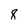
Character: 8